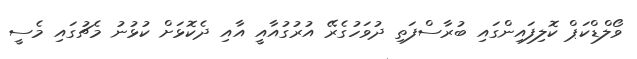
ވޯލްޑްކަޕް ކޮލިފައިންގައި ބުރާސްފަތި ދުވަހުގެރޭ އުރުގުއާއީ އާއި ދެކޮޅަށް ކުޅުނު މެޗުގައި މެސީ